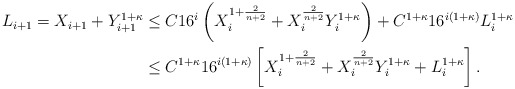
\begin{align*}\begin{aligned}L_{i+1}=X_{i+1}+Y_{i+1}^{1+\kappa}&\leq C16^{i}\left(X_i^{1+\frac{2}{n+2}}+X_i^{\frac{2}{n+2}}Y_i^{1+\kappa}\right)+C^{1+\kappa}16^{i(1+\kappa)}L_i^{1+\kappa}\\&\leq C^{1+\kappa}16^{i(1+\kappa)}\left[X_i^{1+\frac{2}{n+2}}+X_i^{\frac{2}{n+2}}Y_i^{1+\kappa}+L_i^{1+\kappa}\right].\end{aligned}\end{align*}